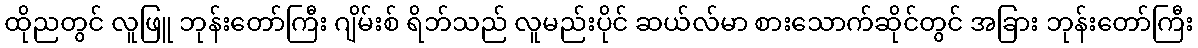
ထိုညတွင် လူဖြူ ဘုန်းတော်ကြီး ဂျိမ်းစ် ရိဘ်သည် လူမည်းပိုင် ဆယ်လ်မာ စားသောက်ဆိုင်တွင် အခြား ဘုန်းတော်ကြီး